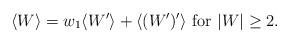
LaTeX: \begin{align*}\langle W\rangle =w_1\langle W'\rangle +\langle (W')'\rangle \mbox{ for } |W|\geq 2.\end{align*}